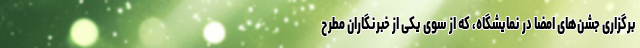
برگزاری جشن‌های امضا در نمایشگاه، که از سوی یکی از خبرنگاران مطرح